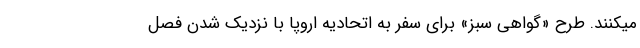
میکنند. طرح «گواهی سبز» برای سفر به اتحادیه اروپا با نزدیک شدن فصل